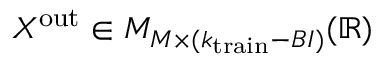
X ^ { \mathrm { o u t } } \in { \cal M } _ { M \times ( k _ { \mathrm { t r a i n } } - B I ) } ( \mathbb { R } )